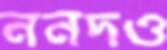
ননদও